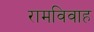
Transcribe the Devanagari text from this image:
रामविवाह